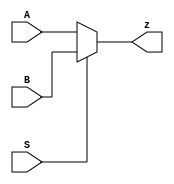
module mux
(
    input wire A,
    input wire B,
    input wire S,
    output wire z
  //  output wire cout

);
//assign z = (A&~S)|(B&S);
assign z = (S==1'b0)?A:
          (S==1'b1)? B:
          1'bX;
endmodule